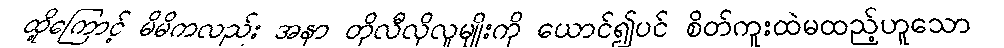
ထို့ကြောင့် မိမိကလည်း အနာ တိုလီလိုလူမျိုးကို ယောင်၍ပင် စိတ်ကူးထဲမထည့်ဟူသော